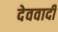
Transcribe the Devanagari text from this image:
देववादी